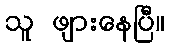
သူ ဖျားနေပြီ။